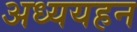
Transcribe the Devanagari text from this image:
अध्ययहन